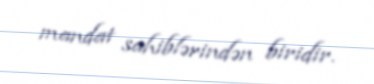
mandat sahiblərindən biridir.